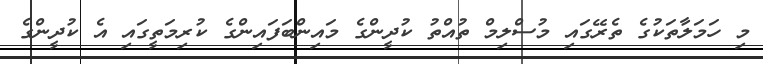
މި ހަމަލާތަކުގެ ތެރޭގައި މުސްލިމް ތުއްތު ކުދީންގެ މައިންބަފައިންގެ ކުރިމަތީގައި އެ ކުދީންގެ